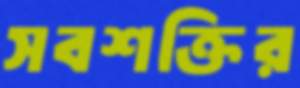
সবশক্তির